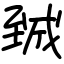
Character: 臹